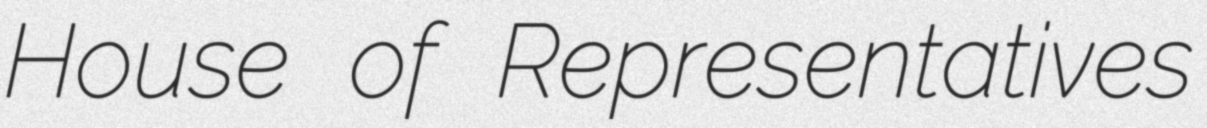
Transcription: House of Representatives